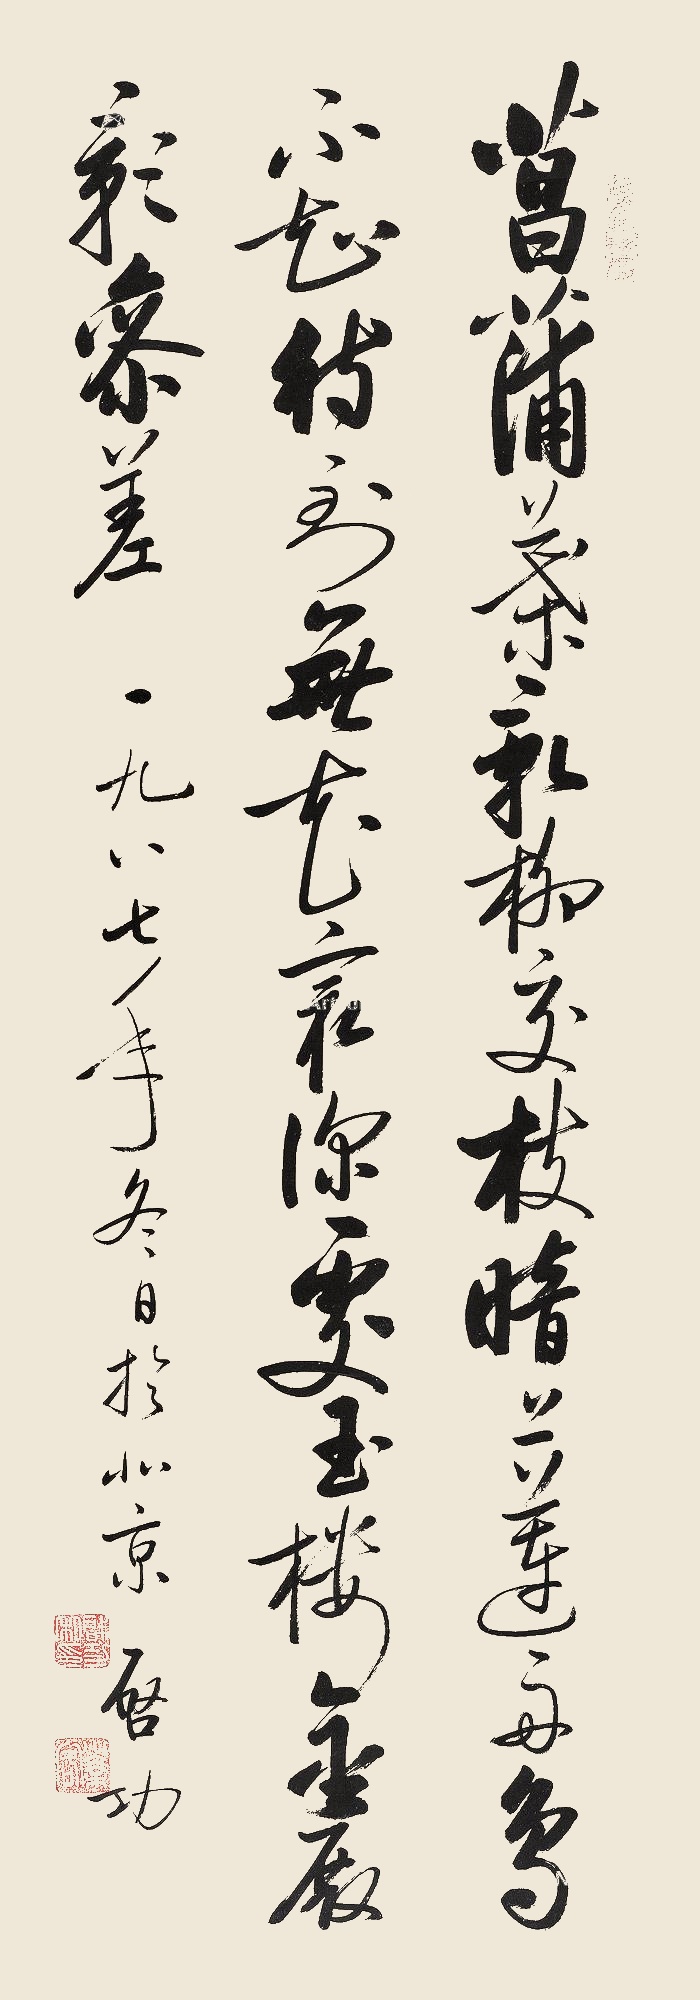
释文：菖蒲叶新柳交枝，暗上莲舟鸟不知。待到无花最深处，玉楼金殿影参差。一九八七年冬日扵北京，启功。